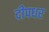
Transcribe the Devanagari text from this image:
दीपधर